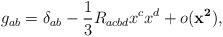
LaTeX: \begin{align*}g_{ab} = \delta _{ab} - \frac{1}{3} R_{acbd} x^{c} x^{d} + o({\mathbf{x^{2}}}),\end{align*}